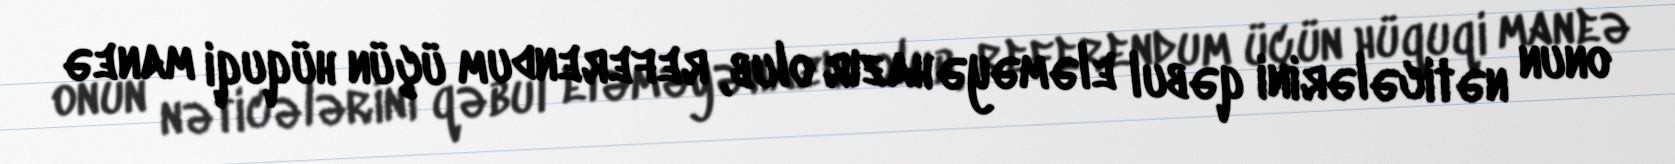
onun nəticələrini qəbul eləməyə hazır olub, referendum üçün hüquqi maneə